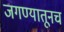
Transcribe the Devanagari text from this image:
जगण्यातूनच